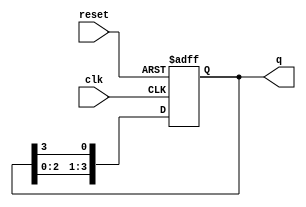
module ring_counter (
    input wire clk,        // Clock signal
    input wire reset,      // Asynchronous reset signal
    output reg [N-1:0] q   // Output of the ring counter
);
    parameter N = 4; // Number of bits in the ring counter (adjust as needed)

    // Initial state
    initial begin
        q = 1'b1; // Initialize the counter to 0001 (only the first flip-flop is high)
    end

    always @(posedge clk or posedge reset) begin
        if (reset) begin
            q <= 1'b1; // Reset the counter to the initial state
        end else begin
            // Shift the '1' to the next flip-flop
            q <= {q[N-2:0], q[N-1]}; // Shift left and wrap around
        end
    end
endmodule